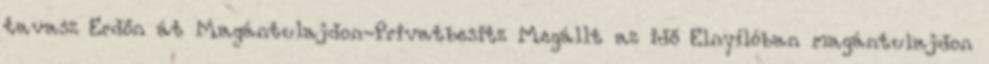
tavasz Erdőn át Magántulajdon-Privatbesitz Megállt az idő Elnyílóban magántulajdon